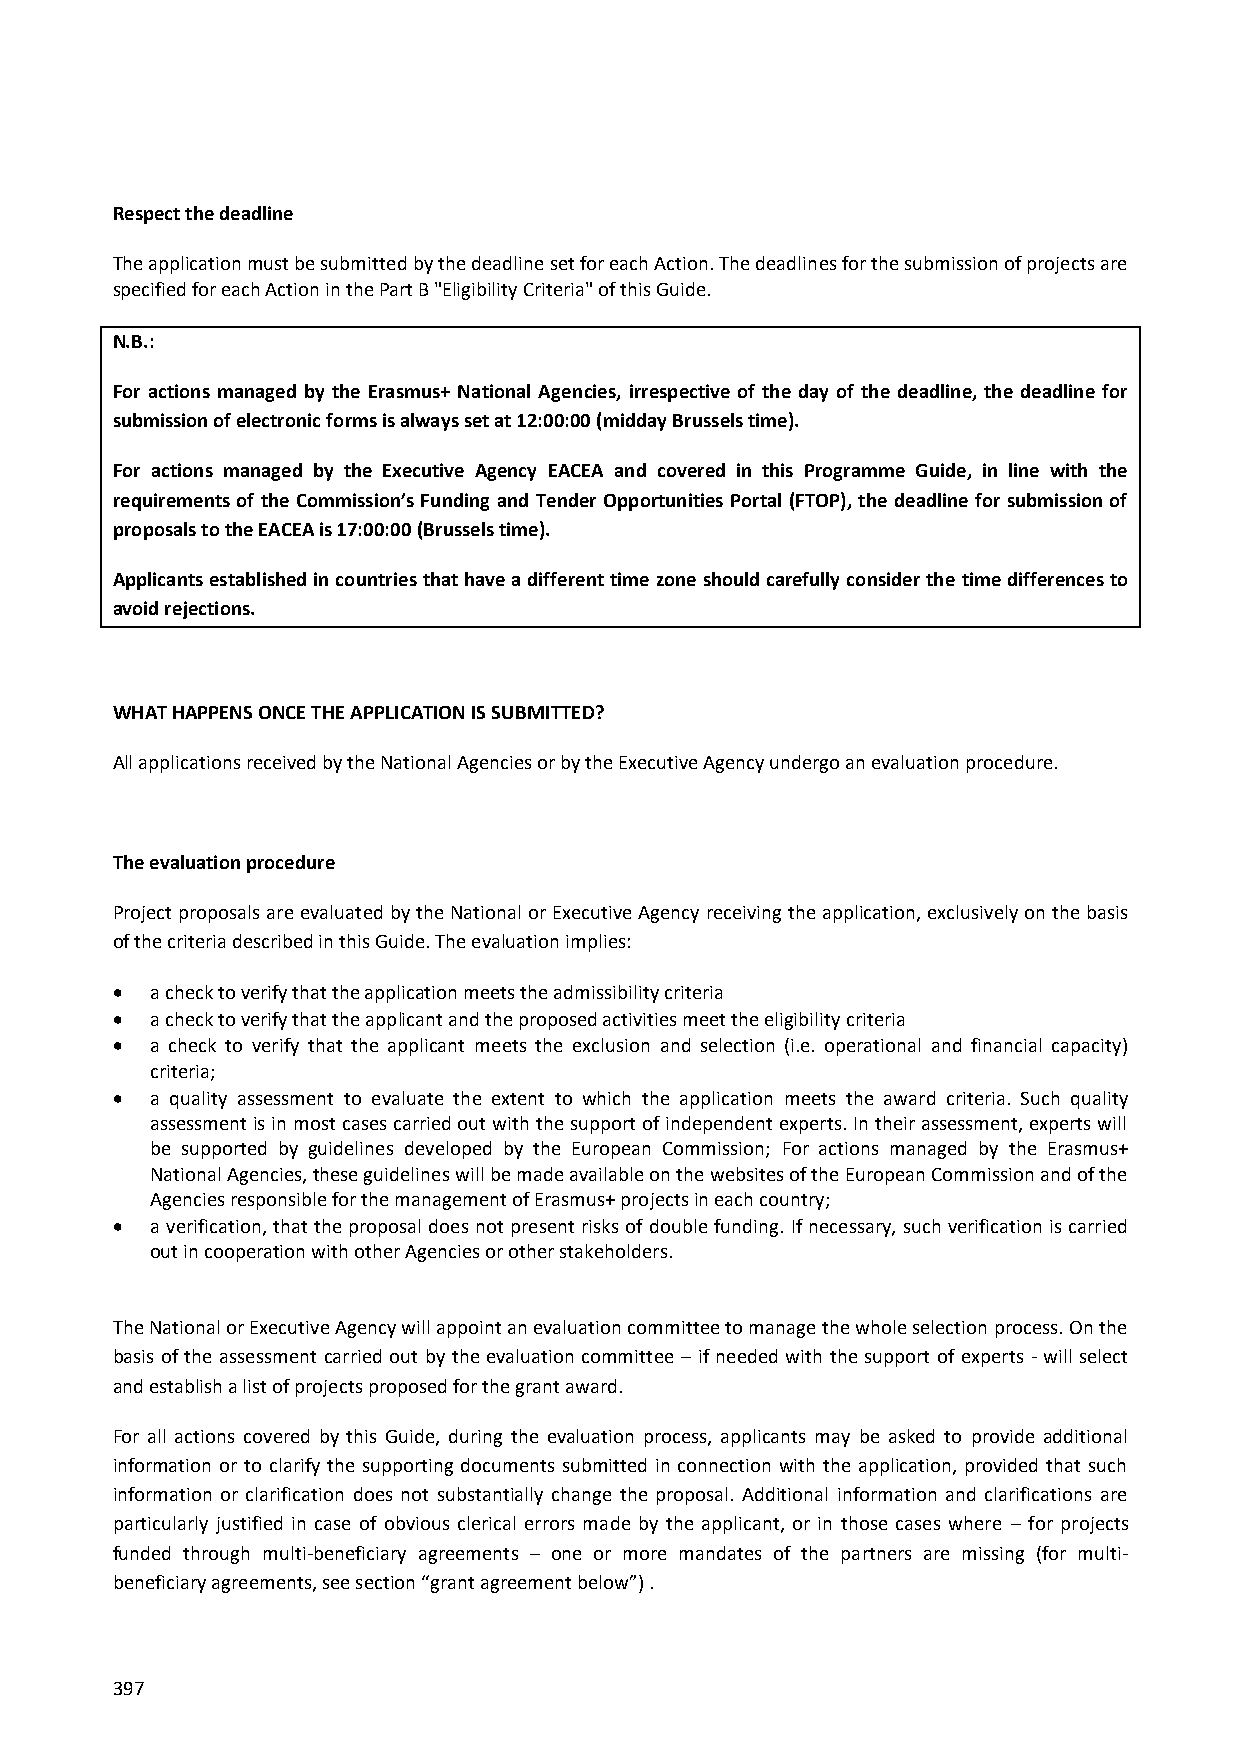
Respect the deadline
 The application must be submitted by the deadline set for each Action. The deadlines for the submission of projects are
 specified for each Action in the Part B "Eligibility Criteria" of this Guide.
 N.B.:
 For actions managed by the Erasmus+ National Agencies, irrespective of the day of the deadline, the deadline for
 submission of electronic forms is always set at 12:00:00 (midday Brussels time).
 For actions managed by the Executive Agency EACEA and covered in this Programme Guide, in line with the
 requirements of the Commission’s Funding and Tender Opportunities Portal (FTOP), the deadline for submission of
 proposals to the EACEA is 17:00:00 (Brussels time).
 Applicants established in countries that have a different time zone should carefully consider the time differences to
 avoid rejections.
 WHAT HAPPENS ONCE THE APPLICATION IS SUBMITTED?
 All applications received by the National Agencies or by the Executive Agency undergo an evaluation procedure.
 The evaluation procedure
 Project proposals are evaluated by the National or Executive Agency receiving the application, exclusively on the basis
 of the criteria described in this Guide. The evaluation implies:
   a check to verify that the application meets the admissibility criteria
   a check to verify that the applicant and the proposed activities meet the eligibility criteria
   a check to verify that the applicant meets the exclusion and selection (i.e. operational and financial capacity)
 criteria;
   a quality assessment to evaluate the extent to which the application meets the award criteria. Such quality
 assessment is in most cases carried out with the support of independent experts. In their assessment, experts will
 be supported by guidelines developed by the European Commission; For actions managed by the Erasmus+
 National Agencies, these guidelines will be made available on the websites of the European Commission and of the
 Agencies responsible for the management of Erasmus+ projects in each country;
   a verification, that the proposal does not present risks of double funding. If necessary, such verification is carried
 out in cooperation with other Agencies or other stakeholders.
 The National or Executive Agency will appoint an evaluation committee to manage the whole selection process. On the
 basis of the assessment carried out by the evaluation committee – if needed with the support of experts - will select
 and establish a list of projects proposed for the grant award.
 For all actions covered by this Guide, during the evaluation process, applicants may be asked to provide additional
 information or to clarify the supporting documents submitted in connection with the application, provided that such
 information or clarification does not substantially change the proposal. Additional information and clarifications are
 particularly justified in case of obvious clerical errors made by the applicant, or in those cases where – for projects
 funded through multi-beneficiary agreements – one or more mandates of the partners are missing (for multi-
 beneficiary agreements, see section “grant agreement below”) .
 397